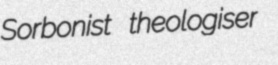
Sorbonist theologiser